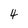
Character: 4